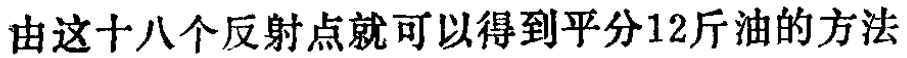
由这十八个反射点就可以得到平分12斤油的方法